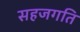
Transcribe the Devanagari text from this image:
सहजगति